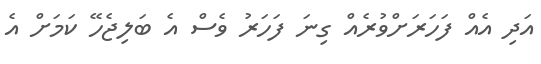
އަދި އެއް ފަހަރަށްވުރެއް ގިނަ ފަހަރު ވެސް އެ ބަލިޖެހޭ ކަމަށް އެ